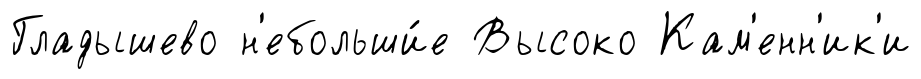
Гладышево н'ебольши́е Высоко Кам'енн'ик'и